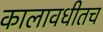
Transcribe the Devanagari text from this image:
कालावधीतच